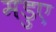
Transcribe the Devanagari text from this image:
मडुए